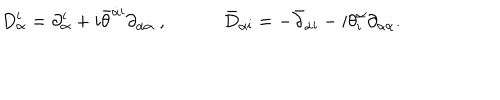
LaTeX: D _ { \alpha } ^ { \mathbf i } = \partial _ { \alpha } ^ { \mathbf i } + i { \bar { \theta } } ^ { \dot { \alpha } { \mathbf i } } \partial _ { \alpha \dot { \alpha } } \ , \qquad \quad { \bar { D } } _ { \dot { \alpha } { \mathbf i } } = - { \bar { \partial } } _ { \dot { \alpha } { \mathbf i } } - i { \theta } _ { \mathbf i } ^ { \alpha } \partial _ { \alpha \dot { \alpha } } .